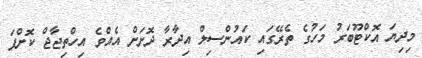
މިދިޔަ އޮކްޓޫބަރު މަހުގެ ތެރޭގައި ކައުންސިލް އިދާރާ ދޮށަށް އެއްވެ އިހްތިޖާޖް ކޮށްފަ